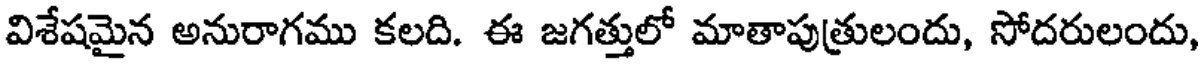
విశేషమైన అనురాగము కలది. ఈ జగత్తులో మాతాపుత్రులందు, సోదరులందు,